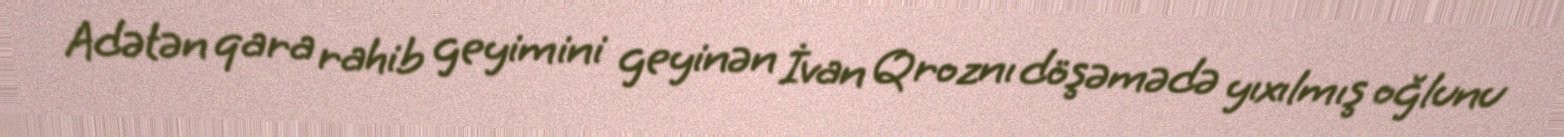
Adətən qara rahib geyimini geyinən İvan Qroznı döşəmədə yıxılmış oğlunu